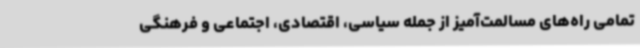
تمامی راه‌های مسالمت‌آمیز از جمله سیاسی، اقتصادی، اجتماعی و فرهنگی